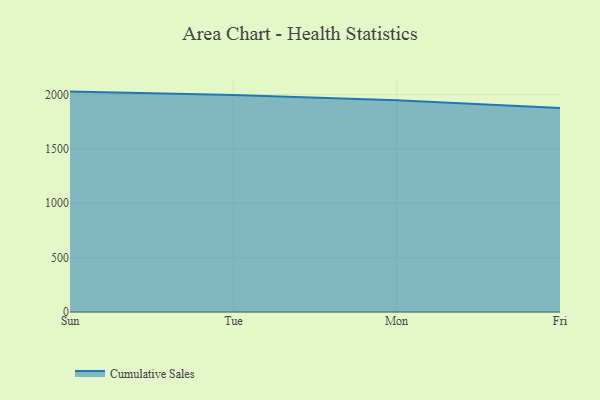
{"axis": {"x": "Day", "y": "Tickets Resolved"}, "legend": ["Cumulative Sales"], "data": [{"x": "Sun", "y": 2026.6, "type": "Cumulative Sales"}, {"x": "Tue", "y": 1996.4, "type": "Cumulative Sales"}, {"x": "Mon", "y": 1947.3, "type": "Cumulative Sales"}, {"x": "Fri", "y": 1875.9, "type": "Cumulative Sales"}]}